Leningradi_Edasi_toimetus, lk 40
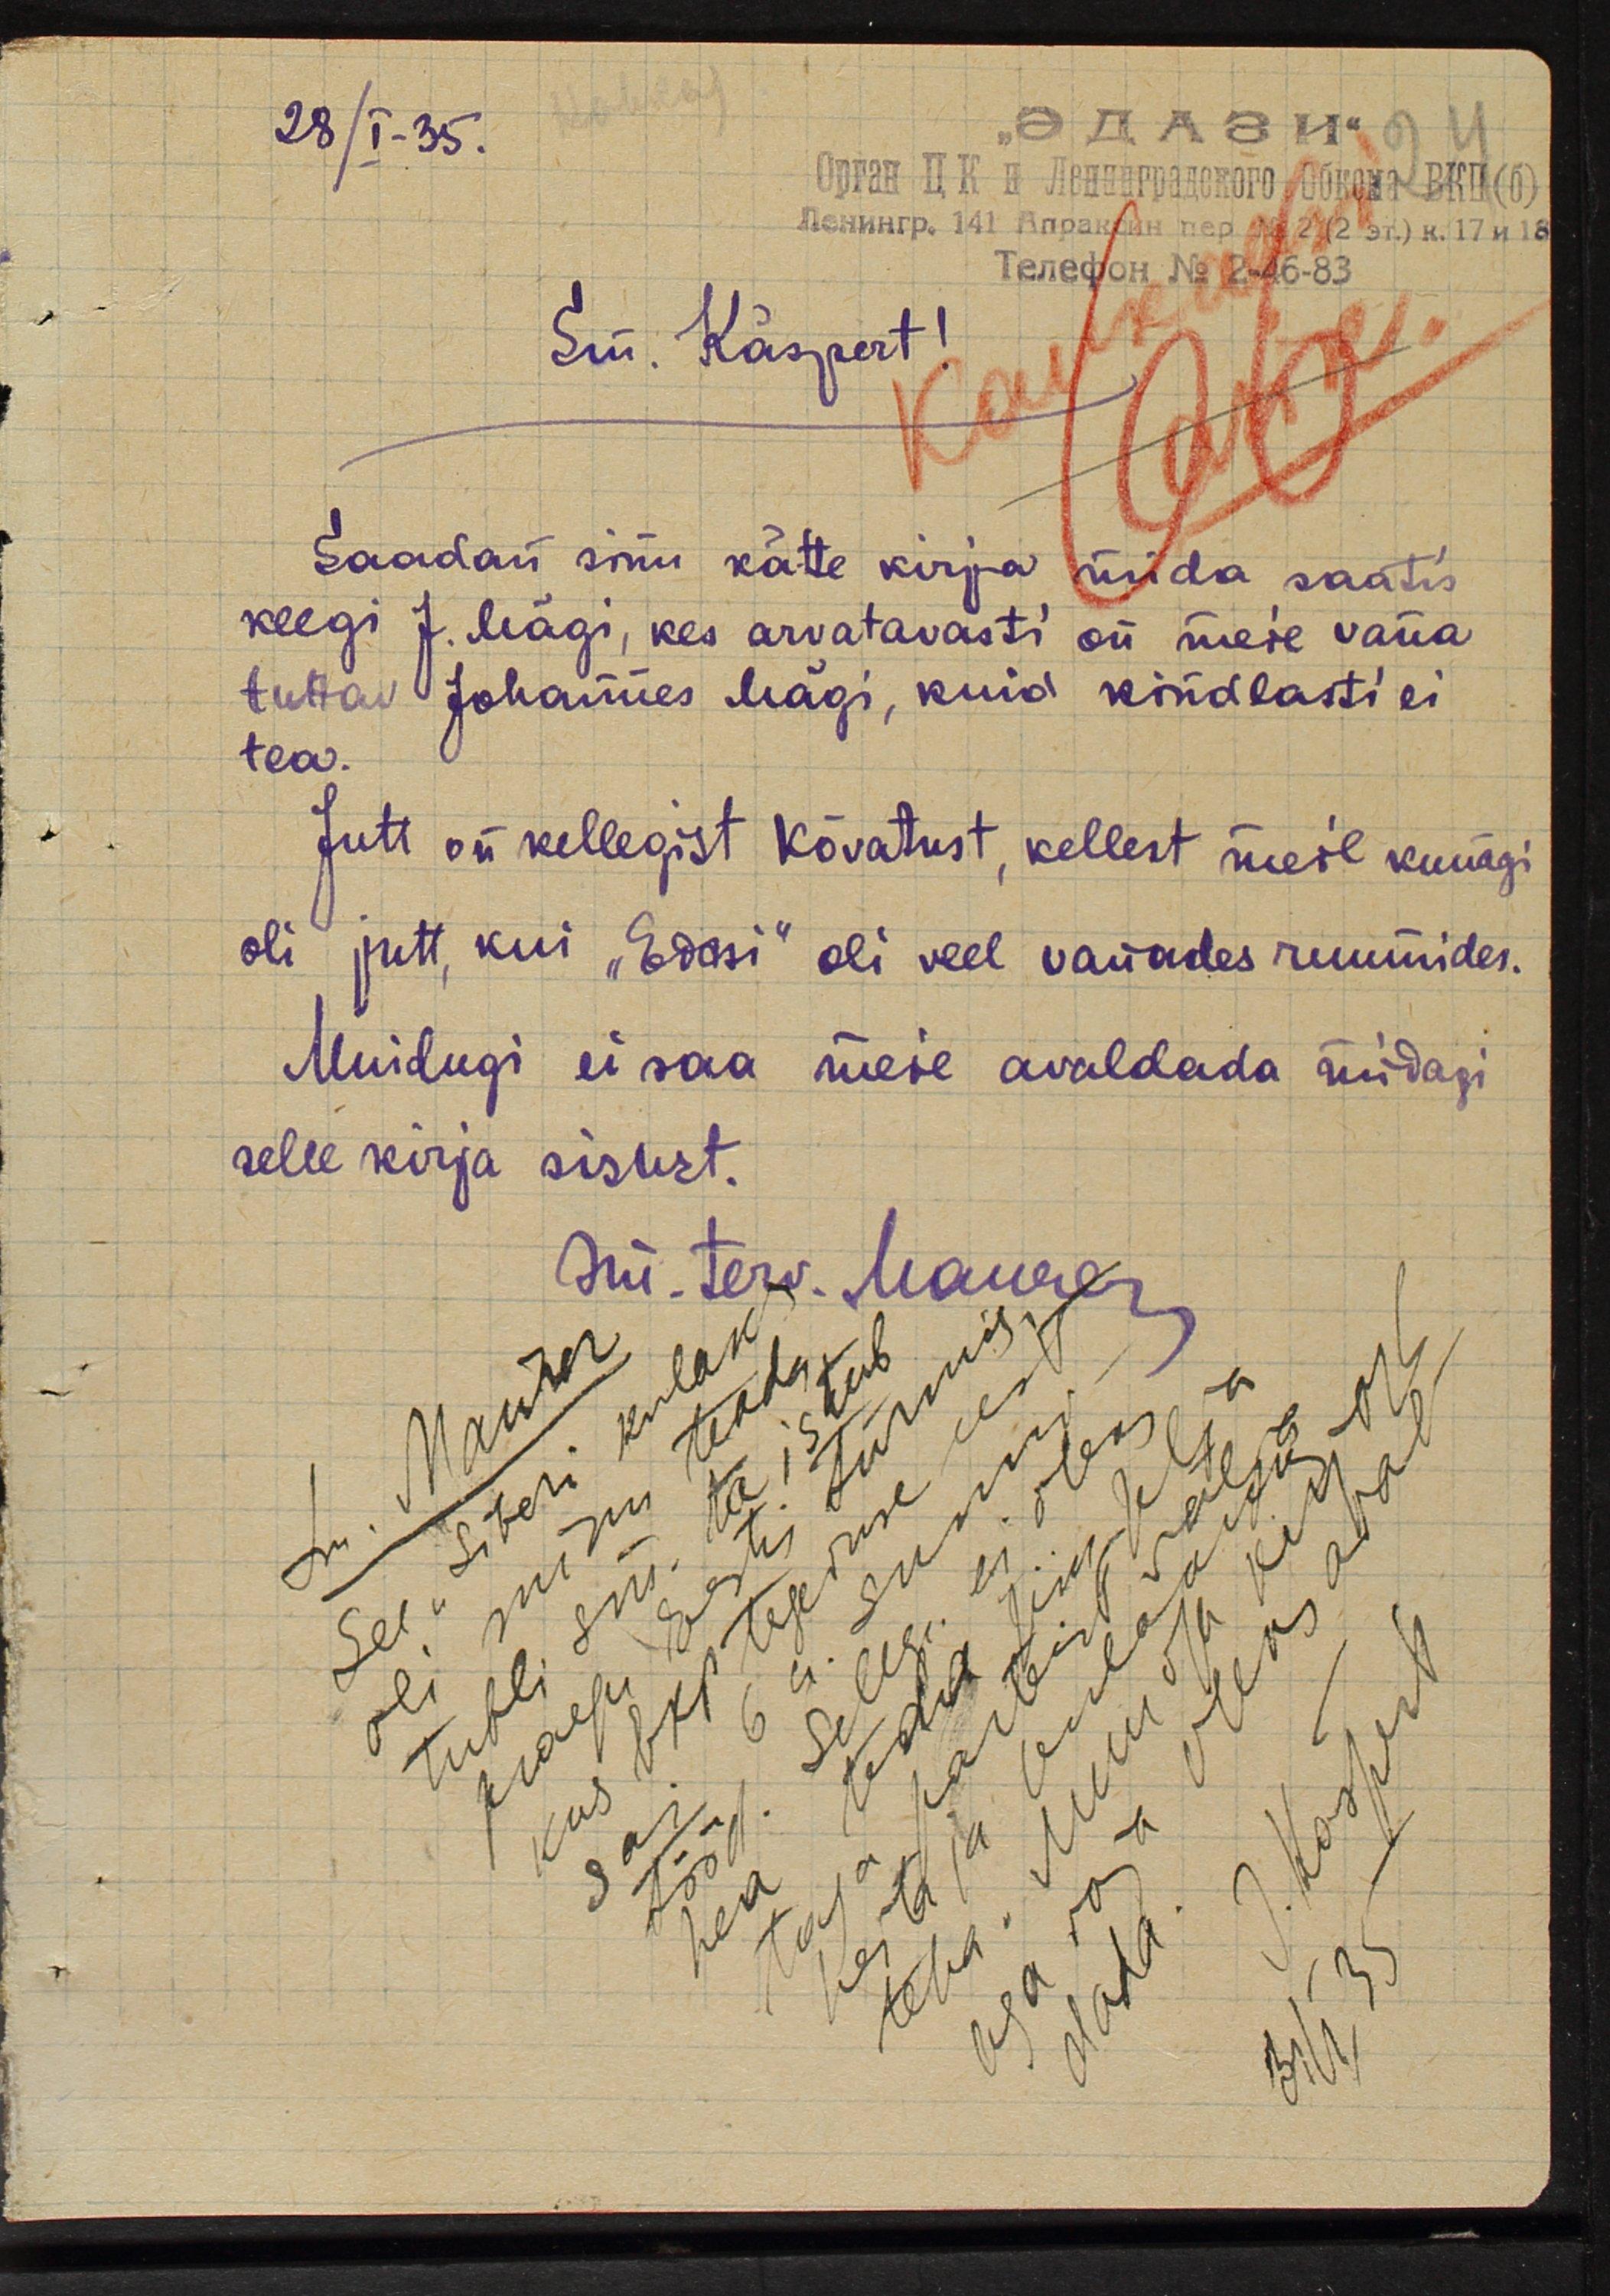
28/I-35.

Sm. Käspert!
Saadan sinu kätte kirja, mida saatis
keegi J. Mägi, kes arvatavasti on meie vana
tuttav Johannes Mägi, kuid kindlasti ei
tea.
Jutt on kellegist Kõvatust, kellest meil kunagi
oli jutt, kui "Edasi" oli veel vanades ruumides.
Muidugi ei saa meie avaldada midagi
selle kirja sisust.
Sm. terv. Maurer.
Sm. Maurer
See "Siberi Kulak"
oli minu teada
tubli siis. ta istub
praegu Eestis türmis
kus Ekp tegevuse eest
sai 6 a. sunni-
tööd. Sellge ei oleks
hea teda siin selja
teha. Mu osa kirjast
taga parteist välja
heita ja kulakuks
aga vaja oleks aval-
dada.
J. Kaspert